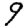
Digit: 9